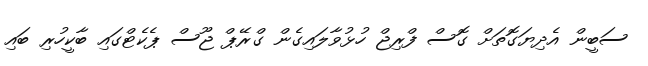
ސަބީން އެދިޔަގޮތަށް ގޮސް ފްރިޖް ހުޅުވާލައިގެން ގްރޭޕް ޖޫސް ޕެކެޓްގައި ބާކީހުރި ބައި